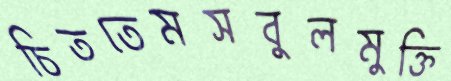
চিততেমসবুলমুক্তি